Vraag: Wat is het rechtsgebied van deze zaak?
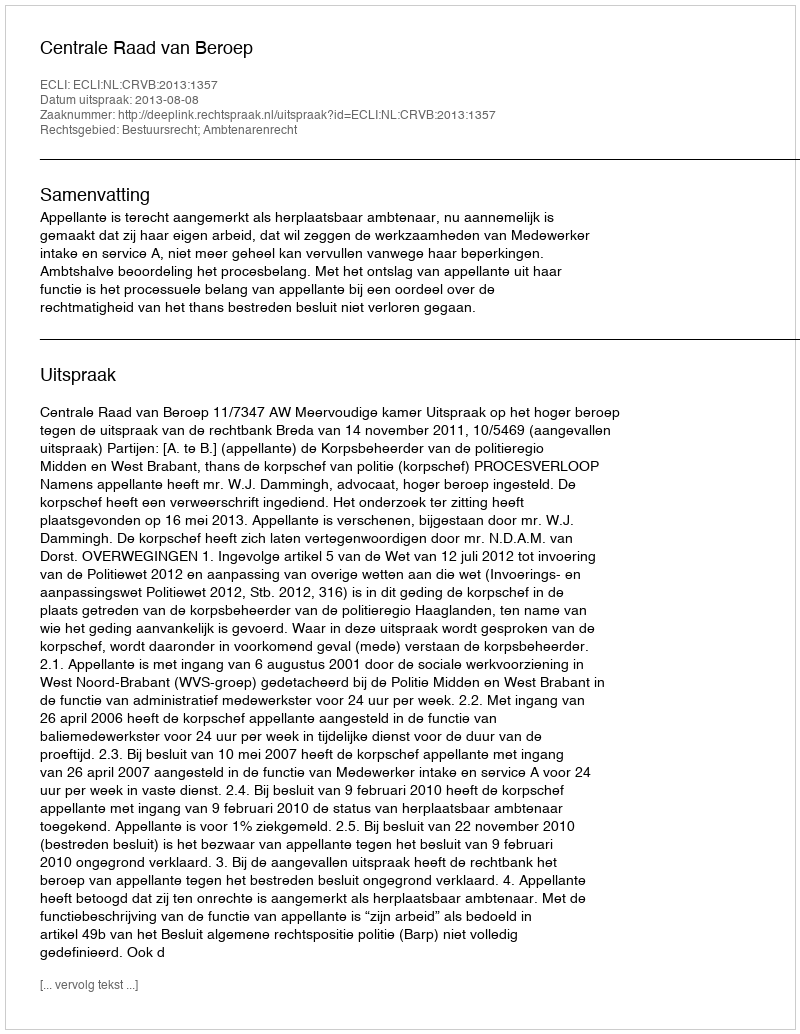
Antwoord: Bestuursrecht; Ambtenarenrecht